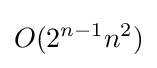
O(2^{n-1}n^{2})